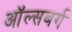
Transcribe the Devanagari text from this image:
ऑल्सबर्ग